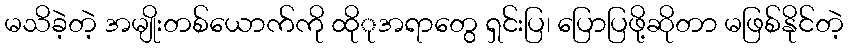
မသိခဲ့တဲ့ အမျိုးတစ်ယောက်ကို ထိုုအရာတွေ ရှင်းပြ၊ ပြောပြဖို့ဆိုတာ မဖြစ်နိုင်တဲ့